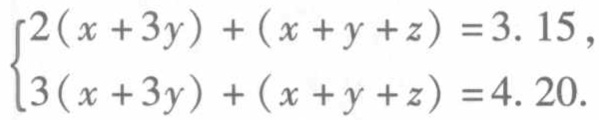
$\begin{cases}2(x + 3y)+(x + y + z)=3.15,\\3(x + 3y)+(x + y + z)=4.20.\end{cases}$